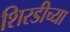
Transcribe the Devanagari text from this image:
शिरडीच्या